Civil Veterinary Department. United Provinces 1923-31 - 1923-1931
Year: 1923
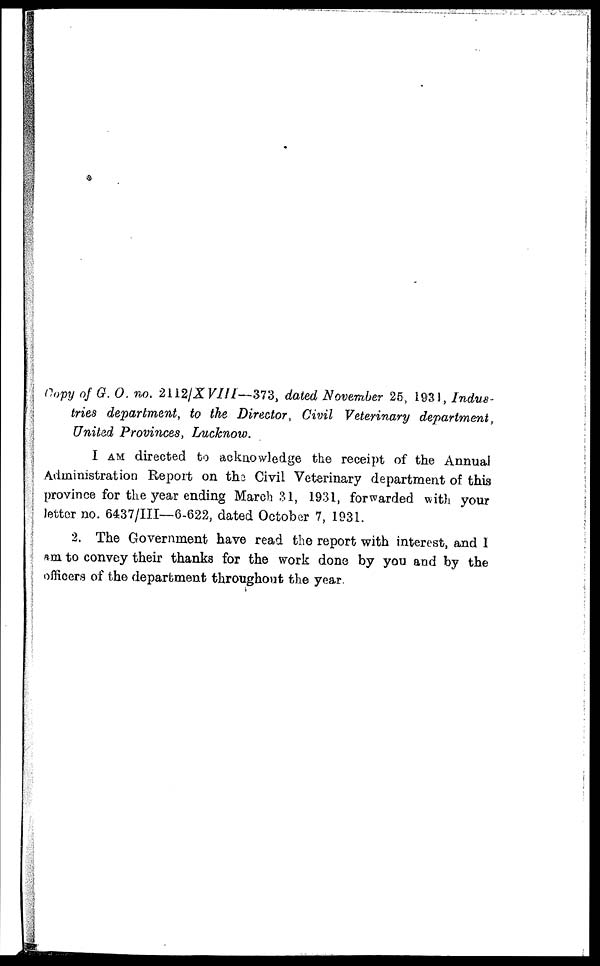
Copy of G. O. no. 2112/X VIII—373, dated November 26, 1931, Indus-
tries department, to the Director, Civil Veterinary department,
United Provinces, Lucknow.
I AM directed to acknowledge the receipt of the Annual
Administration Report on the Civil Veterinary department of this
province for the year ending March 31, 1931, forwarded with your
letter no. 6437/III—6-622, dated October 7, 1931.
2. The Government have read the report with interest, and I
am to convey their thanks for the work done by you and by the
officers of the department throughout the year.